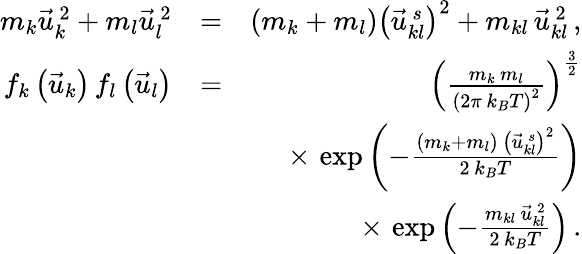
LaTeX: \begin{array}{rlr}{m_{k}\vec{u}_{k}^{\, 2}+m_{l}\vec{u}_{l}^{\, 2}}&{=}&{\left(m_{k}+m_{l}\right)\left(\vec{u}_{kl}^{\, s}\right)^{2}+m_{kl}\, \vec{u}_{kl}^{\, 2}\, ,}\\ {f_{k}\left(\vec{u}_{k}\right)\, f_{l}\left(\vec{u}_{l}\right)}&{=}&{\left(\frac{m_{k}\, m_{l}}{\left(2\pi\, k_{B}T\right)^{2}}\right)^{\frac{3}{2}}}\\ &{}&{\times\, \exp\left(-\frac{\left(m_{k}+m_{l}\right)\, \left(\vec{u}_{kl}^{\, s}\right)^{2}}{2\, k_{B}T}\right)}\\ &{}&{\times\, \exp\left(-\frac{m_{kl}\, \vec{u}_{kl}^{\, 2}}{2\, k_{B}T}\right)\, .}\end{array}